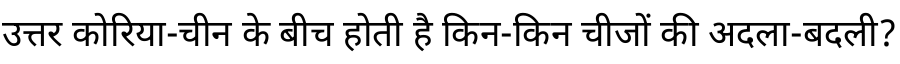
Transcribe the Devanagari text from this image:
उत्तर कोरिया-चीन के बीच होती है किन-किन चीजों की अदला-बदली?